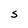
Character: S